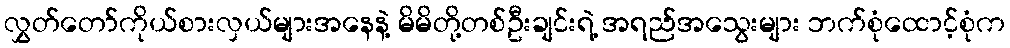
လွှတ်တော်ကိုယ်စားလှယ်များအနေနဲ့ မိမိတို့တစ်ဦးချင်းရဲ့ အရည်အသွေးများ ဘက်စုံထောင့်စုံက